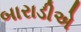
બારાડીએ